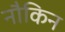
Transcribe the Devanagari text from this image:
नौकिन